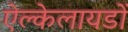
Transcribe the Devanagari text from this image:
ऐल्केलायडों